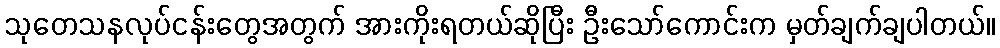
သုတေသနလုပ်ငန်းတွေအတွက် အားကိုးရတယ်ဆိုပြီး ဦးသော်ကောင်းက မှတ်ချက်ချပါတယ်။